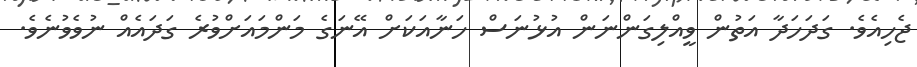
ޖެހިއެވެ. ގަދަހަދާ އަތުން ވީއްލިގަންނަން އުޅުނަސް ހަނާއަކަށް އޭނަގެ މަންމައަށްވުރެ ގަދައެއް ނުވެވުނެވެ.